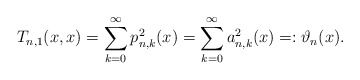
\begin{align*}T_{n,1}(x,x)=\sum^{\infty}_{k=0}{p^2_{n,k}(x)}=\sum^{\infty}_{k=0}{a^2_{n,k}(x)}=:\vartheta_n(x).\end{align*}